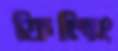
ফিলিং